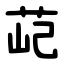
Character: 䒻